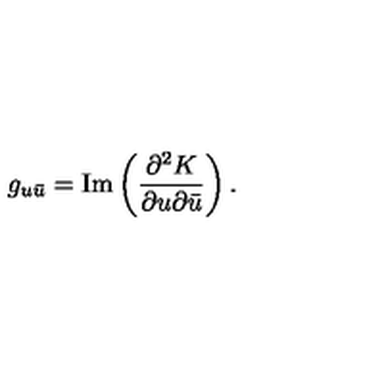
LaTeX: g _ { u \bar { u } } = \mathrm { I m } \left( \frac { \partial ^ { 2 } K } { \partial u \partial \bar { u } } \right) .